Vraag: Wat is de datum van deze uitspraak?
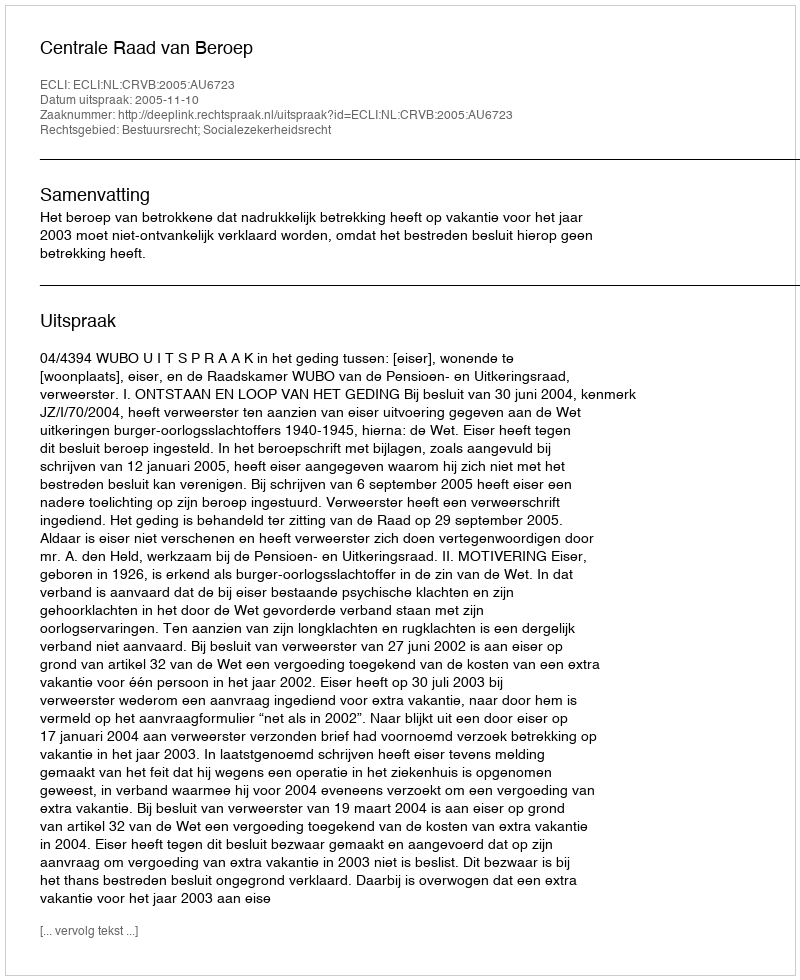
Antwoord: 2005-11-10